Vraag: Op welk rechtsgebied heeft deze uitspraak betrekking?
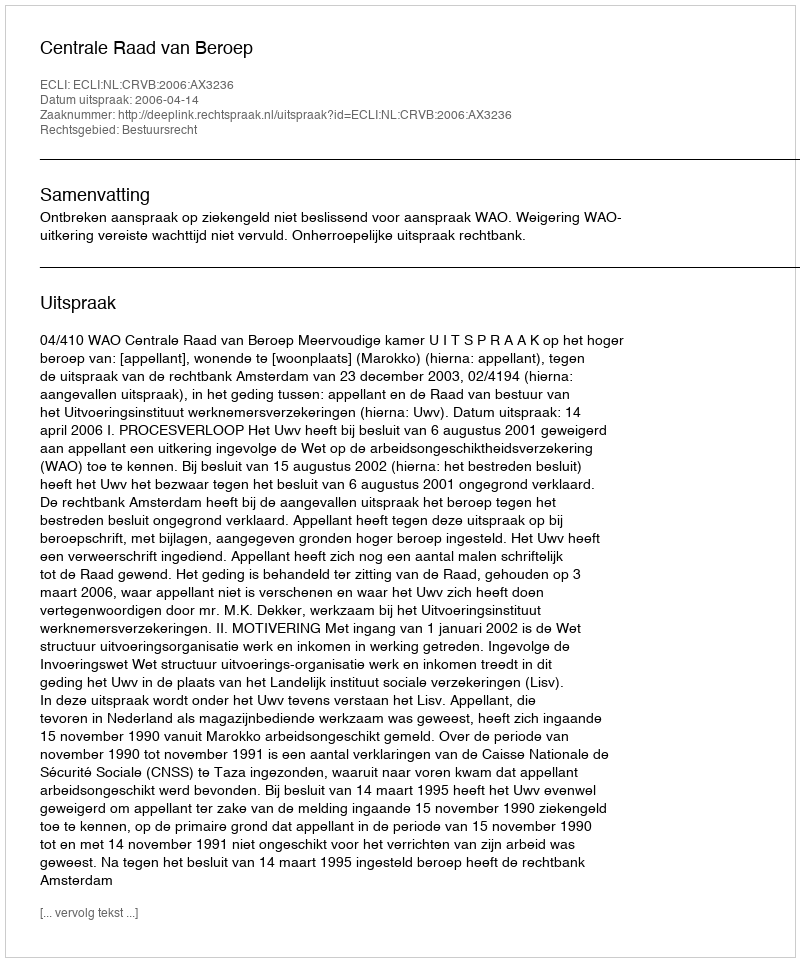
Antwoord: Bestuursrecht